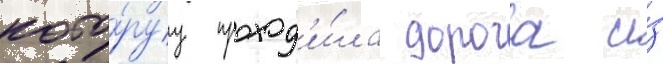
кото́руу проход'и́ла дорога и́з